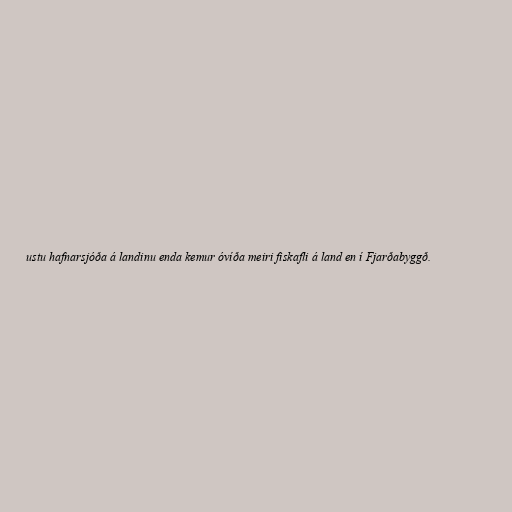
ustu hafnarsjóða á landinu enda kemur óvíða meiri fiskafli á land en í Fjarðabyggð.